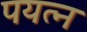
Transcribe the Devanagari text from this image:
पयत्न